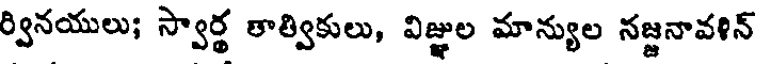
ర్వినయులు; స్వార్థ తాత్వికులు, విజ్ఞుల మాన్యుల నజ్జనావళిన్